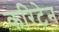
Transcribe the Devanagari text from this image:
करिटेन